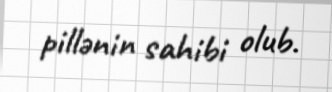
pillənin sahibi olub.